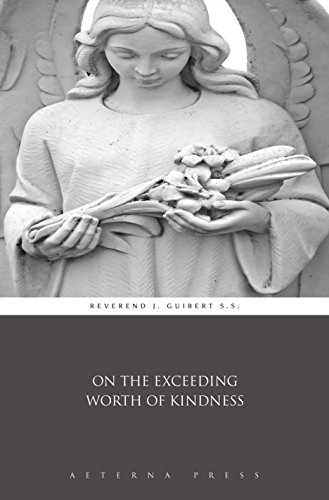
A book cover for On the Exceeding Worth of Kindness (Illustrated); Reverend J. Guibert S.S.; Christian Books & Bibles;